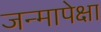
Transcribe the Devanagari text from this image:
जन्मापेक्षा